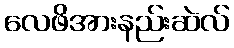
လေဖိအားနည်းဆဲလ်